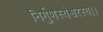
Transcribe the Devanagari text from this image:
निर्गुणस्येश्वरस्य।।